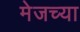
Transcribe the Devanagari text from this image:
मेजच्या